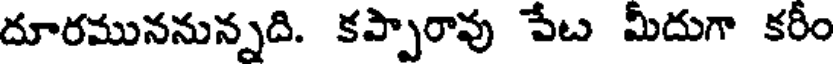
దూరముననున్నది. కప్పారావు పేట మీదుగా కరీం